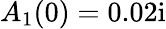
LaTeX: A_{1}(0)=0.02\mathrm{i}